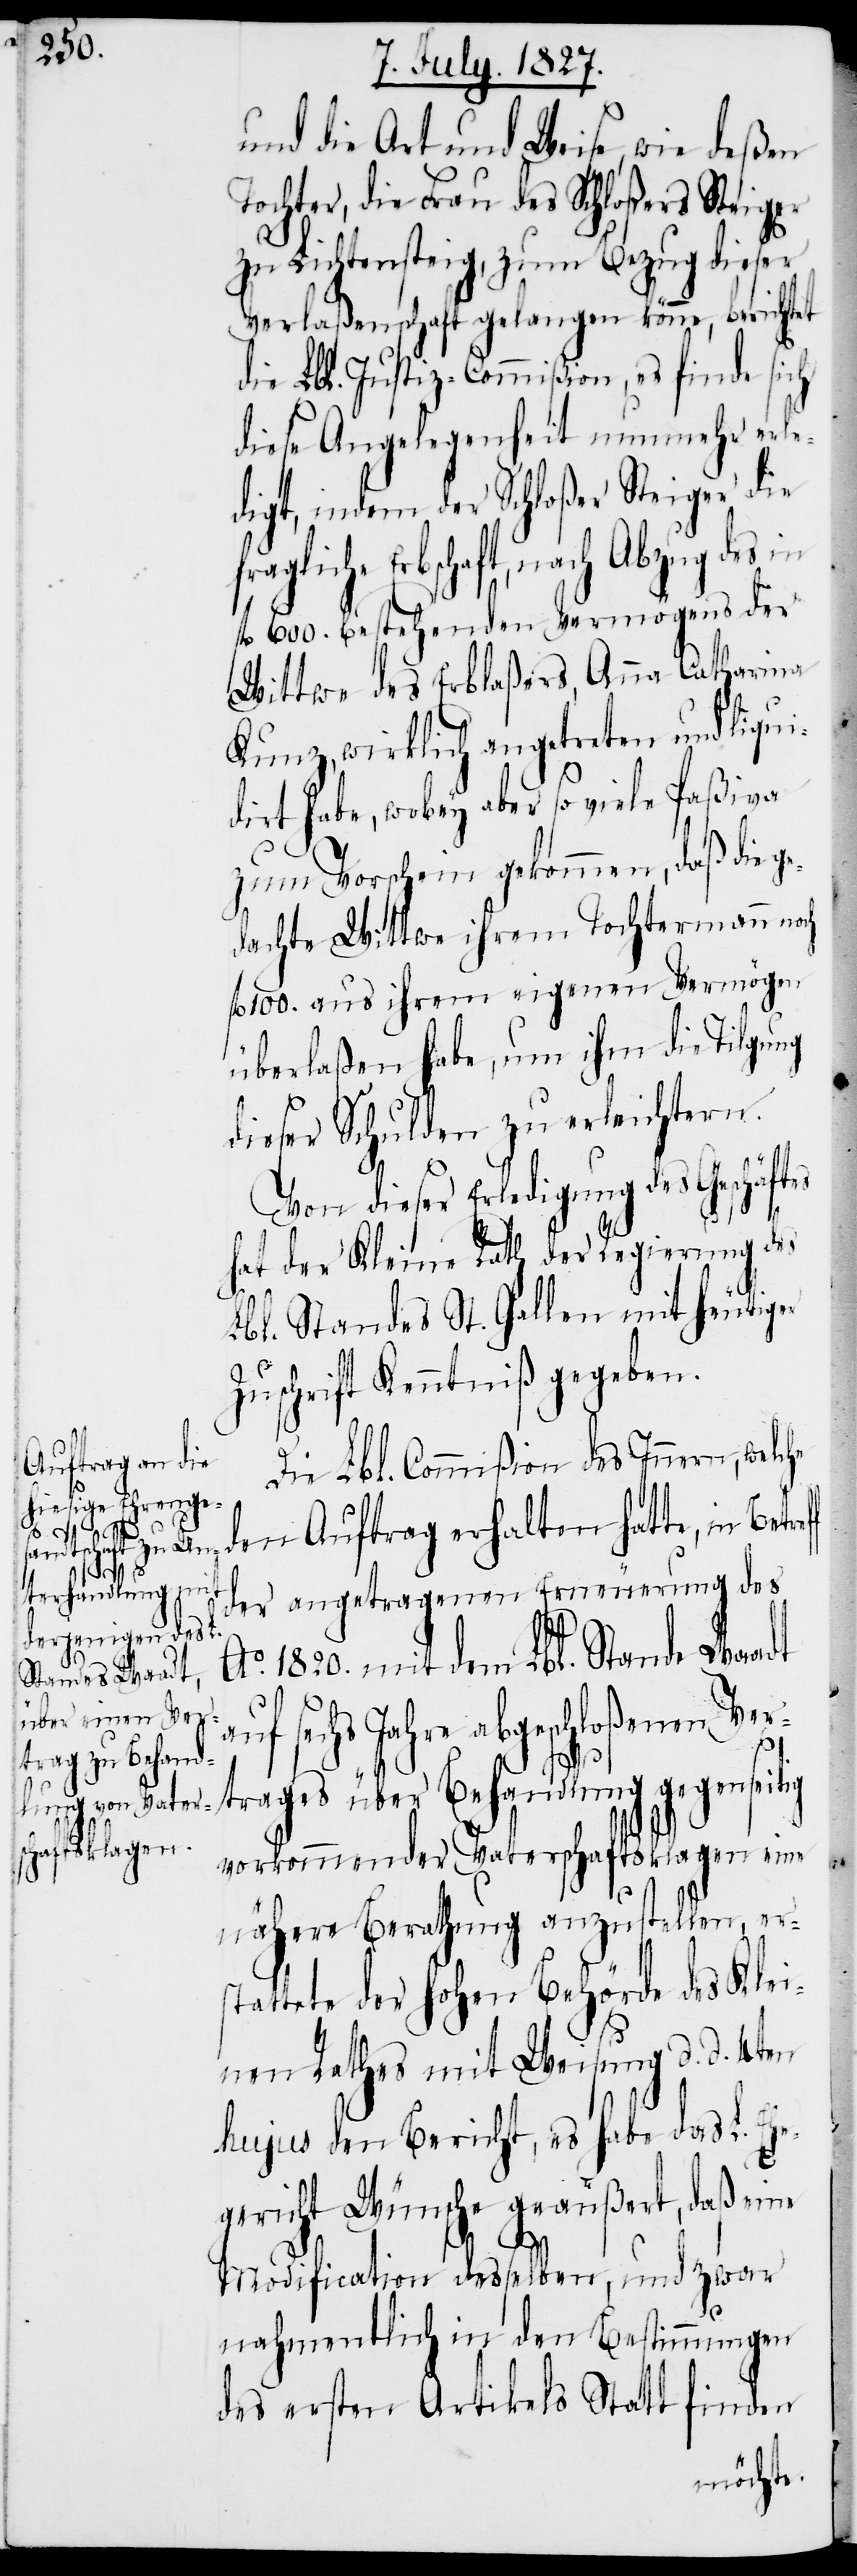
ch fl.

tig
und die Art und Weise, wie deßen
Tochter, die Frau des Schloßers Steiger
zu Lichtensteig, zum Bezug dieser
Verlaßenschaft gelangen könne, berichtet
die Lbl. Justiz-Commißion, es finde sich
diese Angelegenheit nunmehr erle¬
digt, indem der Schloßer Steiger die
Erbschaft, nach Abzug des
fl. 600. bestehenden Vermögens der
Wittwe des Erblaßers, Anna Catharina
Kunz, wirklich angetreten und liqui¬
dirt habe, wobey aber so viele Paßiva
zum Vorschein gekommen, daß die ge¬
dachte Wittwe ihrem Tochtermann no¬
100. aus ihrem eigenen Vermögen
überlaßen habe, um ihm die Tilgung
dieser Schulden zu erleichtern.
Von dieser Erledigung des Geschäf¬
hat der Kleine Rath der Regierung des
Lbl. Standes St. Gallen mit heutiger
Zuschrift Kenntniß gegeben.
Die Lbl. Commißion des Innern, welc¬
den Auftrag erhalten hatte, in
der angetragenen Erneuerung des
Ao. 1820. mit dem Lbl. Stande Waadt
sechs Jahre abgeschloßenen Ver¬
trages über Behandlung gegensei¬
vorkommender Vaterschaftsklagen eine
nähere Berathung anzustellen, er¬
stattete der hohen Behörde des Klei¬
nen Rathes mit Weisung d. d. 4ten
hujus den Bericht, es habe das L. Eh¬
egericht Wünsche geäußert, daß eine
Modification desselben, und zwar
nahmentlich in den Bestimmungen
des ersten Artikels Statt finden